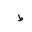
Letter: _da